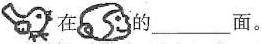
在 的___面。